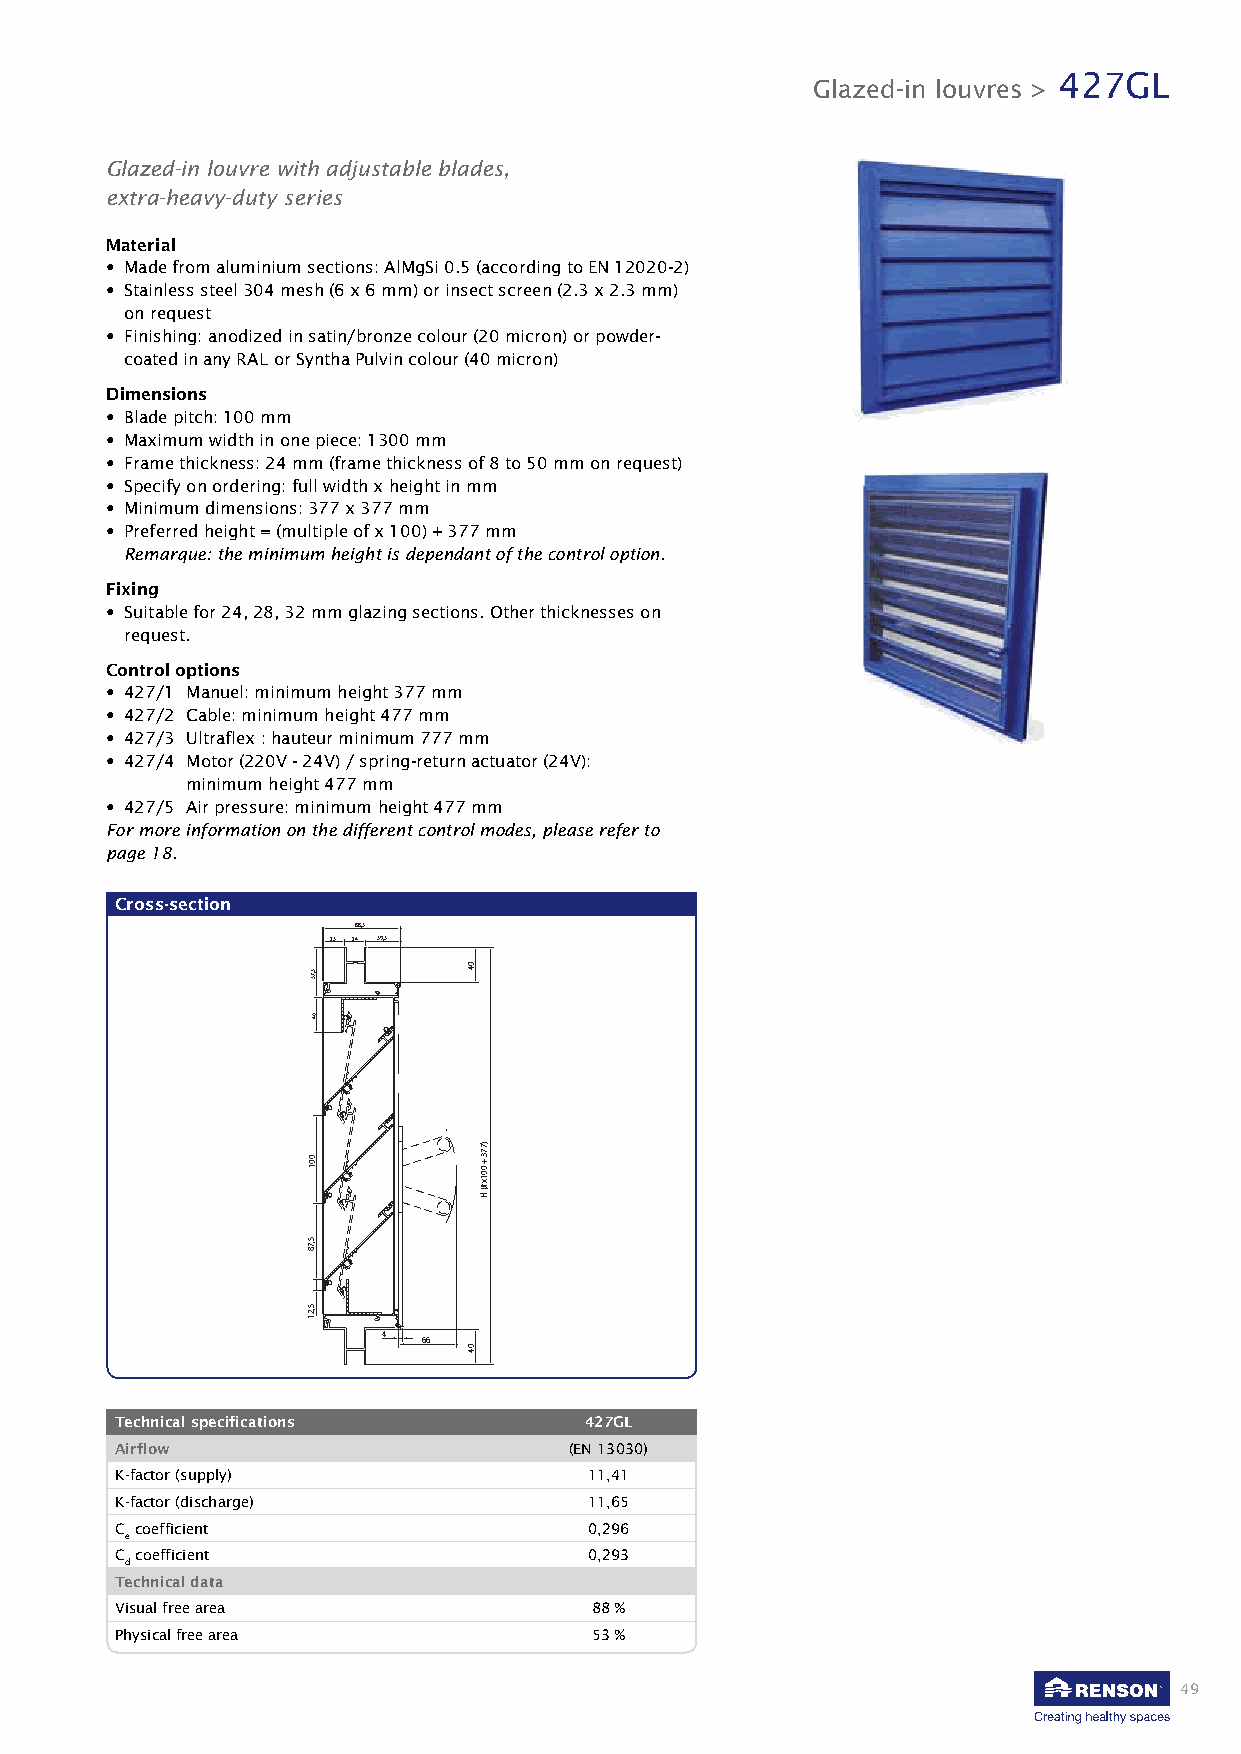
427GL
 Glazed-in louvres >
 Glazed-in louvre with adjustable blades,
 extra-heavy-duty series
 Material
 • Made from aluminium sections: AlMgSi 0.5 (according to EN 12020-2)
 • Stainless steel 304 mesh (6 x 6 mm) or insect screen (2.3 x 2.3 mm)
 on request
 • Finishing: anodized in satin/bronze colour (20 micron) or powder-
 coated in any RAL or Syntha Pulvin colour (40 micron)
 Dimensions
 • Blade pitch: 100 mm
 • Maximum width in one piece: 1300 mm
 • Frame thickness: 24 mm (frame thickness of 8 to 50 mm on request)
 • Specify on ordering: full width x height in mm
 • Minimum dimensions: 377 x 377 mm
 • Preferred height = (multiple of x 100) + 377 mm
 Remarque: the minimum height is dependant of the control option.
 Fixing
 • Suitable for 24, 28, 32 mm glazing sections. Other thicknesses on
 request.
 Control options
 • 427/1 Manuel: minimum height 377 mm
 • 427/2 Cable: minimum height 477 mm
 • 427/3 Ultraflex : hauteur minimum 777 mm
 • 427/4 Motor (220V - 24V) / spring-return actuator (24V):
 minimum height 477 mm
 • 427/5 Air pressure: minimum height 477 mm
 For more information on the different control modes, please refer to
 page 18.
 Cross-section
 88,5
 25 24 39,5
 4  66
 Technical specifications       427GL
 Airflow                       (EN 13030)
 K-factor (supply)              11,41
 K-factor (discharge)           11,65
 C coefficient                  0,296
 e
 C coefficient                  0,293
 d
 Technical data
 Visual free area               88 %
 Physical free area             53 %
 49
 5,75
 04
 001
 5,78
 5,21
 04
 04
 )773
 +
 001x#(
 H